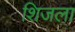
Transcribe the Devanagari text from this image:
शिजला